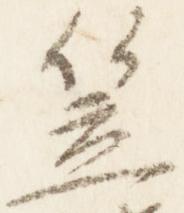
笠